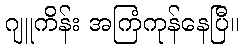
ဂျူကိန်း အကြံကုန်နေပြီ။